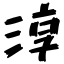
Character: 淳